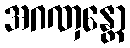
အဂဏှန္တော